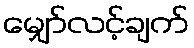
မျှော်လင့်ချက်